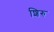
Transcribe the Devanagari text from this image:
शिरु